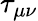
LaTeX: \tau_{\mu\nu}